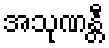
အသုဏန္တီ